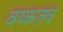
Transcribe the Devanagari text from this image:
वय्कतव